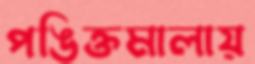
পঙিক্তমালায়